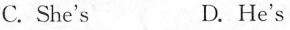
C. She's D.He's